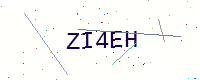
Text: ZI4EH